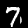
Digit: 7